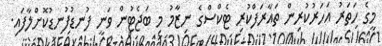
މީގެ ހަތަރު އަހަރުކުރިން ތައާރަފްކުރި ޓެކްސްގެ ނިޒާމު މި ބަޖެޓުން ވަނީ ފުނޑުފުނޑުކޮށްލާފައި.